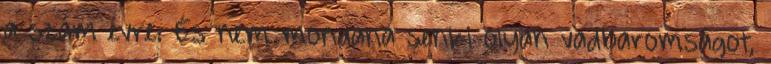
a szám évre. És nem mondana senki olyan vadbaromságot,